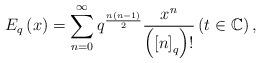
LaTeX: \begin{align*}E_{q}\left( x\right) =\sum_{n=0}^{\infty }q^{\frac{n\left( n-1\right) }{2}}\frac{x^{n}}{\left( \left[ n\right] _{q}\right) !}\left( t\in\mathbb{C} \right) , \end{align*}